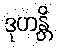
ဒုဟန္တိ